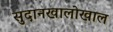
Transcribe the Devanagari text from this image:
सुदानखालोखाल